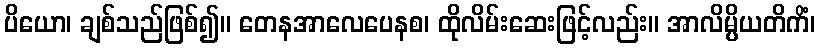
ပိယော၊ ချစ်သည်ဖြစ်၍။ တေနအာလေပေနစ၊ ထိုလိမ်းဆေးဖြင့်လည်း။ အာလိမ္ပိယတိကိံ၊